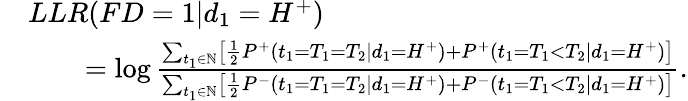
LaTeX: \begin{array}{rl}&{LLR(FD=1|d_{1}=H^{+})}\\ &{\qquad=\log\frac{\sum_{t_{1}\in\mathbb{N}}\left[\frac{1}{2}P^{+}(t_{1}=T_{1}=T_{2}|d_{1}=H^{+})+P^{+}(t_{1}=T_{1}<T_{2}|d_{1}=H^{+})\right]}{\sum_{t_{1}\in\mathbb{N}}\left[\frac{1}{2}P^{-}(t_{1}=T_{1}=T_{2}|d_{1}=H^{+})+P^{-}(t_{1}=T_{1}<T_{2}|d_{1}=H^{+})\right]}.}\end{array}